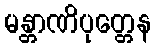
မန္တာဏိပုတ္တေန